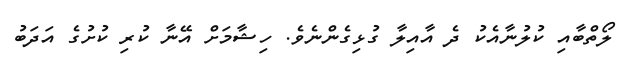
ލޯތްބާއި ކުލުނާއެކު ދެ އާއިލާ ގުޅިގެންނެވެ. ހިޝާމަށް އޭނާ ކުރި ކުށުގެ އަދަބު